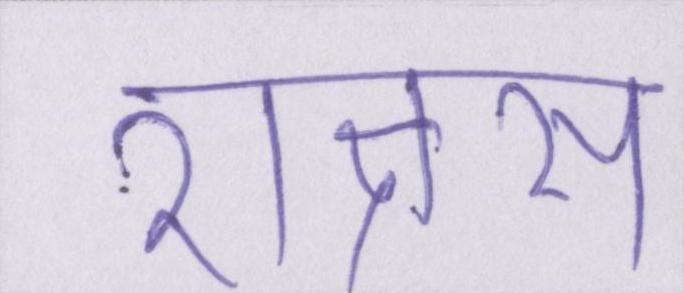
राक्षस